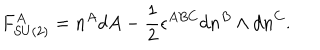
LaTeX: F _ { S U ( 2 ) } ^ { A } = n ^ { A } d A - \frac 1 2 \epsilon ^ { A B C } d n ^ { B } \wedge d n ^ { C } .